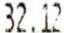
32.12